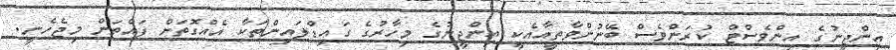
އިންޖީނުގެ އިންވެސްޓް ކުރަންވެސް ބޭނުންވާތީއާއެކީ އިންޖީނުގެ މިހާރުގެ ގައިޑްލައިންތަކާ އެއްގޮތަށް ފައްތަން މިޖެހެނީ.